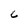
Character: 6